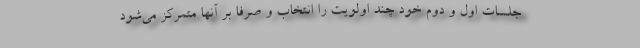
جلسات اول و دوم خود چند اولویت را انتخاب و صرفا بر آنها متمرکز می‌شود